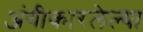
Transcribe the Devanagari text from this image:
अंगीकारलेल्या